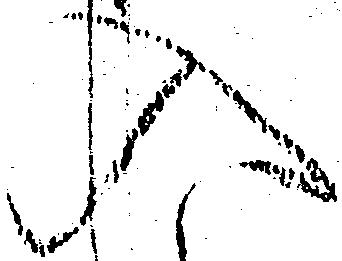
入